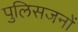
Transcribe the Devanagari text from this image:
पुलिसजनों